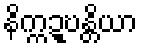
နိက္ကဍ္ဎန္တိယာ